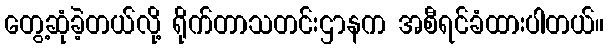
တွေ့ဆုံခဲ့တယ်လို့ ရိုက်တာသတင်းဌာနက အစီရင်ခံထားပါတယ်။